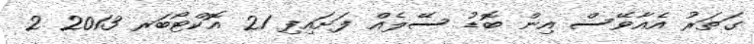
ގަތަރު އެއާވޭސް އިން ބޮޑު ސޭލެއް ފަށައިފި 21 އޮކްޓޯބަރ 2013 2